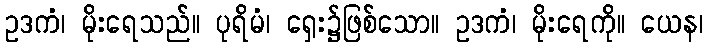
ဥဒကံ၊ မိုးရေသည်။ ပုရိမံ၊ ရှေး၌ဖြစ်သော။ ဥဒကံ၊ မိုးရေကို။ ယေန၊